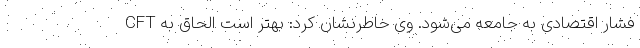
فشار اقتصادی به جامعه می‌شود. وی خاطرنشان کرد: بهتر است الحاق به CFT